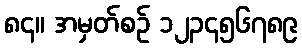
၈၄။ အမှတ်စဉ် ၁၂၃၄၅၆၇၈၉